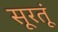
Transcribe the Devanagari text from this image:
सूरतूं